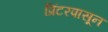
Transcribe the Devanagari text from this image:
प्रिंटरपासून